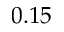
0 . 1 5